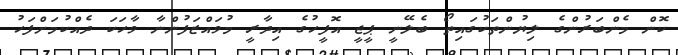
ކޮން މެންބަރުންގެ ލިޔުންތަކުގައިތޯ ބެލޭނީ ޕީޖީ އޮފީހުގެ އިދާރީ މުވައްޒަފުންނާ ވާހަކަ ދެއްކުމަށްފަހު